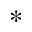
^ *